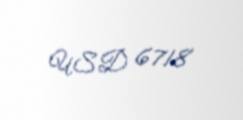
USD 6718